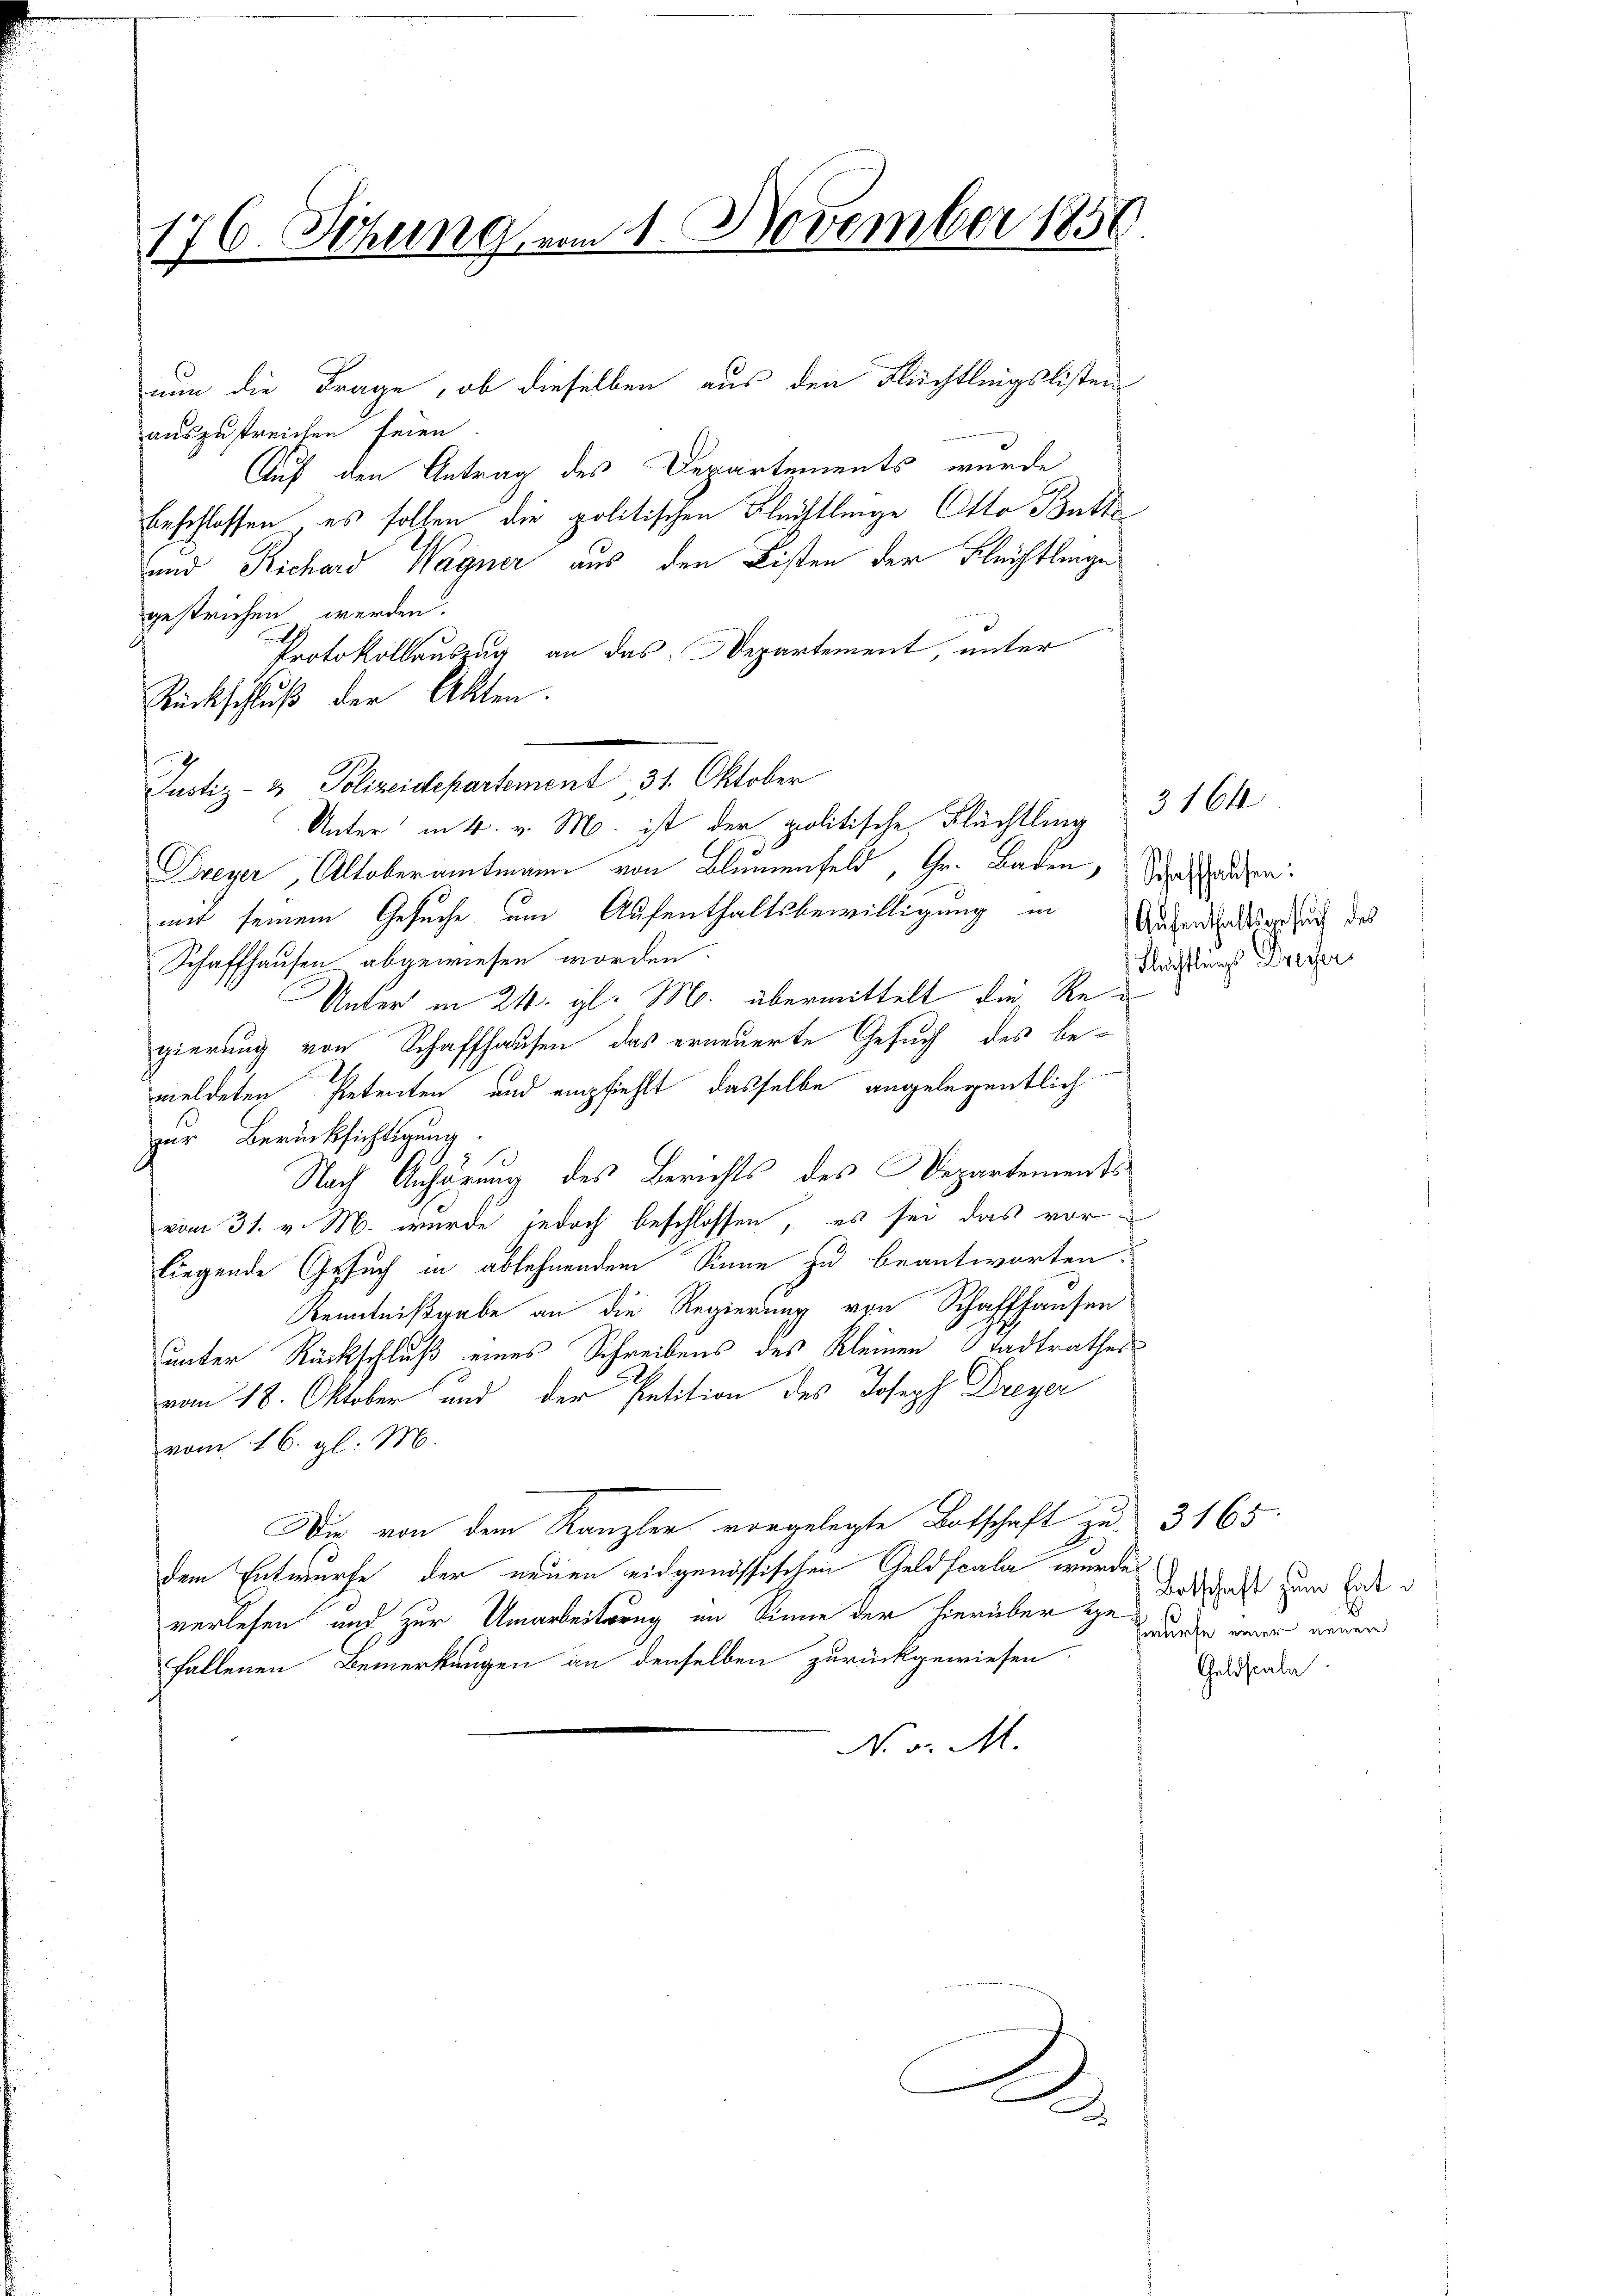
176. Sitzung vom 1. November 1858

nun die Frage, ob dieselben aus den Flüchtlingslister
auszustreichen seien.
Auf den Antrag des Departements, wurde
beschlossen, es sollen die politischen Flüchtlinge Otto Butt
und Richard Wagner aus den Listen der Flechtlinge
gestrichen werden.
Protokollauszug an das Departement, unter
Rückschluß der Akten.
Justiz- & Polizeidepartement. 31. Oktober
Dreyer, Altoberamtmann von Blumenfeld, Gr. Baden,
mit seinem Gesuche um Aufenthaltsbewilligung in Aufendungssuch des
Schaffhausen abgewiesen worden.
Unter in 24. gl. M. übermittelt die Regierung von Schaffhausen das erneuerte Gesuch des be-
meldeten Petenten und empfiehlt, dasselbe angelegentlich
zur Berücksichtigung.
Nach Anhörung des Berichts des Departements
vom 31. v. M. wurde jedoch beschlossen, es sei das vorliegende Gesuch in ablehnendem Sinne zu beantworten:
Kenntnißgabe an die Regierung von Schaffhausen
unter Rückschluß eines Schreibens des Kleinen Stadtrathes
vom 18. Oktober und der Petition des Joseph Dreyer
vom 16. gl. M.
Die von dem Kanzler vorgelegte Botschaft zu 3165
dem Entwurfe der neuen eidgenössischen Geldscala wurdes
verlesen und zur Umarbeitrug im Sinne der hierüber gefallenen Bemerkungen an denselben zurückgewiesen.
No v. M.

Unter in 4. v. Mo. ist der politische Flüchtling

.

J

Schaffhausen:
Nichtlings Dresser

3164

Lotschaft zum Entwurfe einer neuen
Geldscala